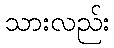
သားလည်း